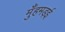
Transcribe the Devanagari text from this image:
मुँहमड़ई